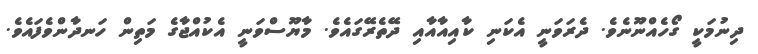
ދިނުމަކީ ގޯހެއްނޫނެވެ. ދެރަވަނީ އެކަނި ކާއިއާއާއި ދޭތެރޭގައެވެ. މާޔޫސްވަނީ އެކުއްޖާގެ މަތިން ހަނދާންވެފައެވެ.